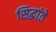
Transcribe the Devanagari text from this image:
सिद्धांते